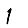
Digit: 1